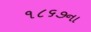
૧૮૬૭ના